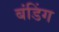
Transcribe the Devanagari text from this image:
बंडिंग